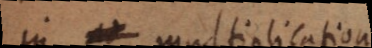
in multiplicatione